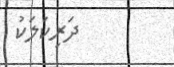
ދަރިކަލަކު